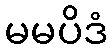
မမပိဒံ